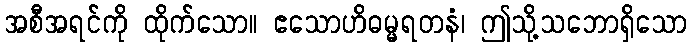
အစီအရင်ကို ထိုက်သော။ ဧသောဟိဓမ္မရတနံ၊ ဤသို့သဘောရှိသော